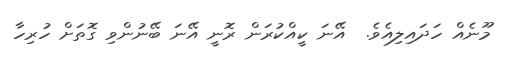
މޫނެއް ހަދައިލިއެވެ.  އޭނަ ކީއްކުރަން ރޮނީ އޭނަ ބޭނުންވި ގޮތަށް ހުރިހާ